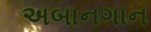
અબાનગાન